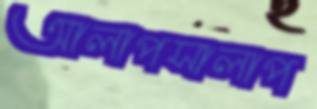
আলাপসালাপ